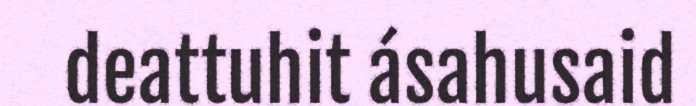
deattuhit ásahusaid